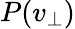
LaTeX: P(v_{\perp})